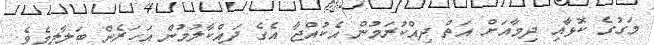
މަގުގެ ކޮޅާއި ދިމާއަށް އަތް ދިއްކުރަމުން އެކުއްޖާ އެގެ ދައްކާލުމުން އަހަރެން ބަލާލީމެވެ.